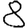
Digit: 8